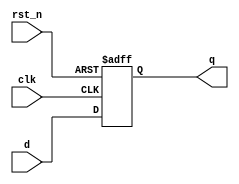
module d_flip_flop (
    input wire clk,       // Clock input
    input wire rst_n,     // Active low reset
    input wire d,        // Data input
    output reg q         // Data output
);

// Initial block to set the initial state
initial begin
    q = 1'b0; // Initialize output to 0
end

// Always block triggered on the rising edge of clk or falling edge of rst_n
always @(posedge clk or negedge rst_n) begin
    if (!rst_n) begin
        q <= 1'b0; // Reset output to 0
    end else begin
        q <= d;    // Update output with data input
    end
end

endmodule